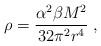
LaTeX: \begin{align*}\rho=\frac{\alpha^2\beta M^2}{32\pi^2 r^4}\; ,\end{align*}